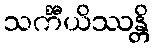
သင်္ကီယိဿန္တိ